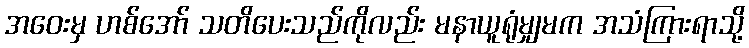
အဝေးမှ ဟစ်အော် သတိပေးသည်ကိုလည်း မနာယူရုံမျှမက အသံကြားရာသို့